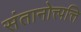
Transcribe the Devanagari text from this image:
संतानोत्त्पत्ति